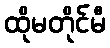
ထိုမတိုင်မီ